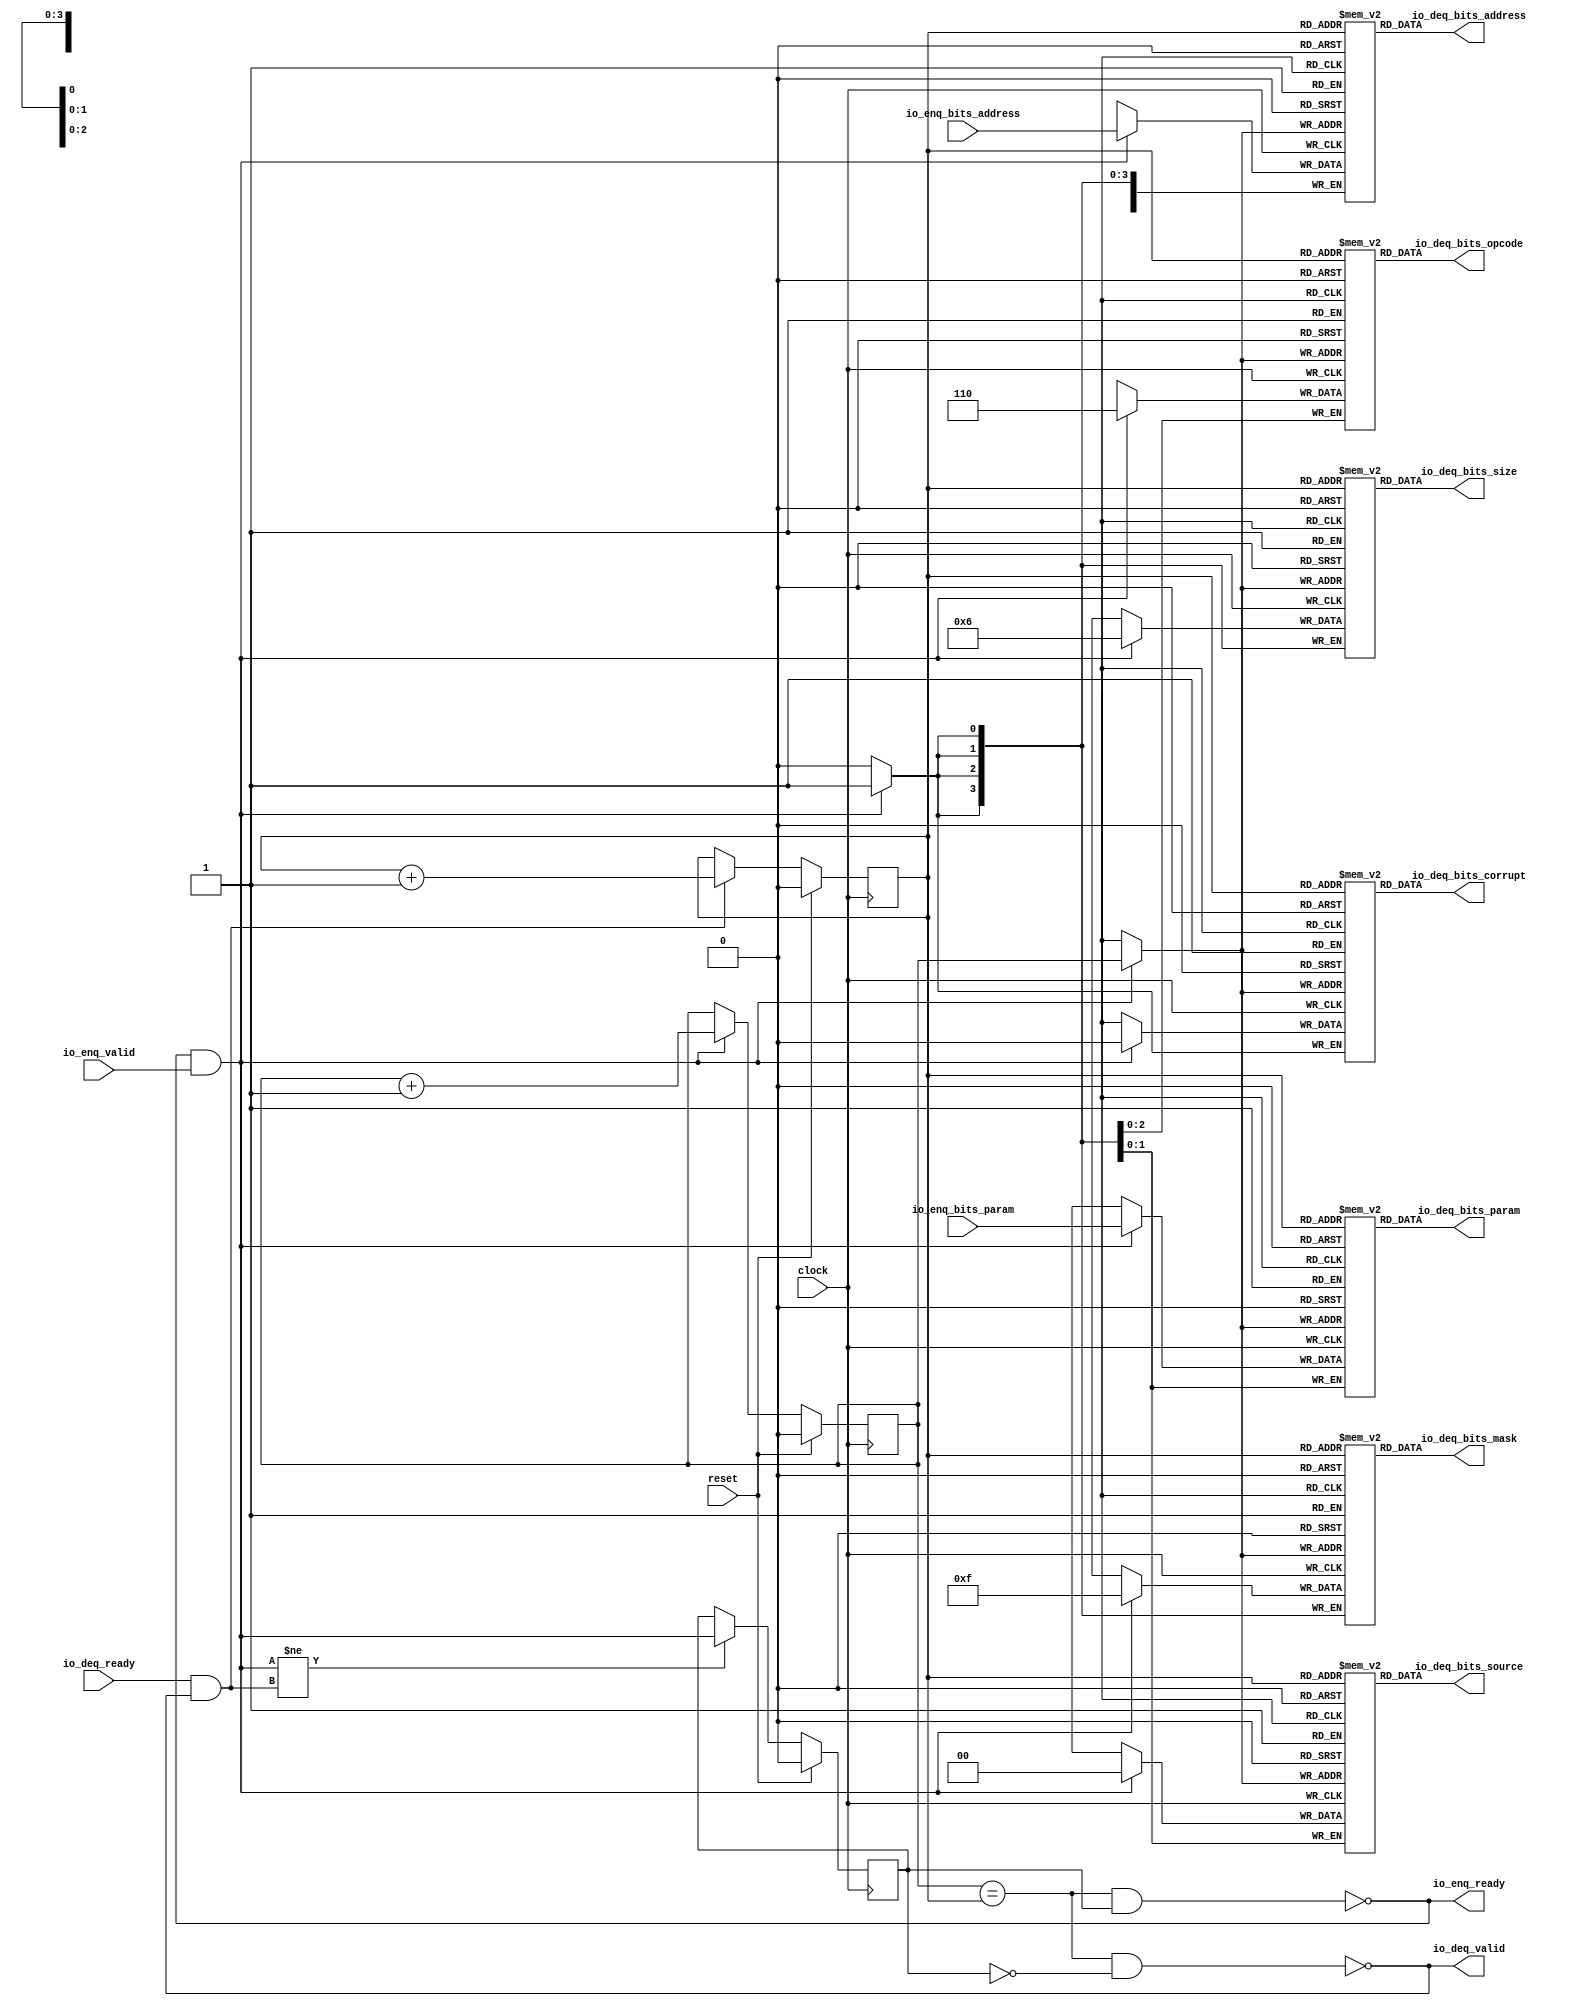
module Queue_35( // @[:freechips.rocketchip.system.DefaultRV32Config.fir@210181.2]
  input         clock, // @[:freechips.rocketchip.system.DefaultRV32Config.fir@210182.4]
  input         reset, // @[:freechips.rocketchip.system.DefaultRV32Config.fir@210183.4]
  output        io_enq_ready, // @[:freechips.rocketchip.system.DefaultRV32Config.fir@210184.4]
  input         io_enq_valid, // @[:freechips.rocketchip.system.DefaultRV32Config.fir@210184.4]
  input  [1:0]  io_enq_bits_param, // @[:freechips.rocketchip.system.DefaultRV32Config.fir@210184.4]
  input  [31:0] io_enq_bits_address, // @[:freechips.rocketchip.system.DefaultRV32Config.fir@210184.4]
  input         io_deq_ready, // @[:freechips.rocketchip.system.DefaultRV32Config.fir@210184.4]
  output        io_deq_valid, // @[:freechips.rocketchip.system.DefaultRV32Config.fir@210184.4]
  output [2:0]  io_deq_bits_opcode, // @[:freechips.rocketchip.system.DefaultRV32Config.fir@210184.4]
  output [1:0]  io_deq_bits_param, // @[:freechips.rocketchip.system.DefaultRV32Config.fir@210184.4]
  output [3:0]  io_deq_bits_size, // @[:freechips.rocketchip.system.DefaultRV32Config.fir@210184.4]
  output [1:0]  io_deq_bits_source, // @[:freechips.rocketchip.system.DefaultRV32Config.fir@210184.4]
  output [31:0] io_deq_bits_address, // @[:freechips.rocketchip.system.DefaultRV32Config.fir@210184.4]
  output [3:0]  io_deq_bits_mask, // @[:freechips.rocketchip.system.DefaultRV32Config.fir@210184.4]
  output        io_deq_bits_corrupt // @[:freechips.rocketchip.system.DefaultRV32Config.fir@210184.4]
);
`ifdef RANDOMIZE_MEM_INIT
  reg [31:0] _RAND_0;
  reg [31:0] _RAND_1;
  reg [31:0] _RAND_2;
  reg [31:0] _RAND_3;
  reg [31:0] _RAND_4;
  reg [31:0] _RAND_5;
  reg [31:0] _RAND_6;
`endif // RANDOMIZE_MEM_INIT
`ifdef RANDOMIZE_REG_INIT
  reg [31:0] _RAND_7;
  reg [31:0] _RAND_8;
  reg [31:0] _RAND_9;
`endif // RANDOMIZE_REG_INIT
  reg [2:0] ram_opcode [0:1]; // @[Decoupled.scala 209:16:freechips.rocketchip.system.DefaultRV32Config.fir@210186.4]
  wire [2:0] ram_opcode__T_15_data; // @[Decoupled.scala 209:16:freechips.rocketchip.system.DefaultRV32Config.fir@210186.4]
  wire  ram_opcode__T_15_addr; // @[Decoupled.scala 209:16:freechips.rocketchip.system.DefaultRV32Config.fir@210186.4]
  wire [2:0] ram_opcode__T_5_data; // @[Decoupled.scala 209:16:freechips.rocketchip.system.DefaultRV32Config.fir@210186.4]
  wire  ram_opcode__T_5_addr; // @[Decoupled.scala 209:16:freechips.rocketchip.system.DefaultRV32Config.fir@210186.4]
  wire  ram_opcode__T_5_mask; // @[Decoupled.scala 209:16:freechips.rocketchip.system.DefaultRV32Config.fir@210186.4]
  wire  ram_opcode__T_5_en; // @[Decoupled.scala 209:16:freechips.rocketchip.system.DefaultRV32Config.fir@210186.4]
  reg [1:0] ram_param [0:1]; // @[Decoupled.scala 209:16:freechips.rocketchip.system.DefaultRV32Config.fir@210186.4]
  wire [1:0] ram_param__T_15_data; // @[Decoupled.scala 209:16:freechips.rocketchip.system.DefaultRV32Config.fir@210186.4]
  wire  ram_param__T_15_addr; // @[Decoupled.scala 209:16:freechips.rocketchip.system.DefaultRV32Config.fir@210186.4]
  wire [1:0] ram_param__T_5_data; // @[Decoupled.scala 209:16:freechips.rocketchip.system.DefaultRV32Config.fir@210186.4]
  wire  ram_param__T_5_addr; // @[Decoupled.scala 209:16:freechips.rocketchip.system.DefaultRV32Config.fir@210186.4]
  wire  ram_param__T_5_mask; // @[Decoupled.scala 209:16:freechips.rocketchip.system.DefaultRV32Config.fir@210186.4]
  wire  ram_param__T_5_en; // @[Decoupled.scala 209:16:freechips.rocketchip.system.DefaultRV32Config.fir@210186.4]
  reg [3:0] ram_size [0:1]; // @[Decoupled.scala 209:16:freechips.rocketchip.system.DefaultRV32Config.fir@210186.4]
  wire [3:0] ram_size__T_15_data; // @[Decoupled.scala 209:16:freechips.rocketchip.system.DefaultRV32Config.fir@210186.4]
  wire  ram_size__T_15_addr; // @[Decoupled.scala 209:16:freechips.rocketchip.system.DefaultRV32Config.fir@210186.4]
  wire [3:0] ram_size__T_5_data; // @[Decoupled.scala 209:16:freechips.rocketchip.system.DefaultRV32Config.fir@210186.4]
  wire  ram_size__T_5_addr; // @[Decoupled.scala 209:16:freechips.rocketchip.system.DefaultRV32Config.fir@210186.4]
  wire  ram_size__T_5_mask; // @[Decoupled.scala 209:16:freechips.rocketchip.system.DefaultRV32Config.fir@210186.4]
  wire  ram_size__T_5_en; // @[Decoupled.scala 209:16:freechips.rocketchip.system.DefaultRV32Config.fir@210186.4]
  reg [1:0] ram_source [0:1]; // @[Decoupled.scala 209:16:freechips.rocketchip.system.DefaultRV32Config.fir@210186.4]
  wire [1:0] ram_source__T_15_data; // @[Decoupled.scala 209:16:freechips.rocketchip.system.DefaultRV32Config.fir@210186.4]
  wire  ram_source__T_15_addr; // @[Decoupled.scala 209:16:freechips.rocketchip.system.DefaultRV32Config.fir@210186.4]
  wire [1:0] ram_source__T_5_data; // @[Decoupled.scala 209:16:freechips.rocketchip.system.DefaultRV32Config.fir@210186.4]
  wire  ram_source__T_5_addr; // @[Decoupled.scala 209:16:freechips.rocketchip.system.DefaultRV32Config.fir@210186.4]
  wire  ram_source__T_5_mask; // @[Decoupled.scala 209:16:freechips.rocketchip.system.DefaultRV32Config.fir@210186.4]
  wire  ram_source__T_5_en; // @[Decoupled.scala 209:16:freechips.rocketchip.system.DefaultRV32Config.fir@210186.4]
  reg [31:0] ram_address [0:1]; // @[Decoupled.scala 209:16:freechips.rocketchip.system.DefaultRV32Config.fir@210186.4]
  wire [31:0] ram_address__T_15_data; // @[Decoupled.scala 209:16:freechips.rocketchip.system.DefaultRV32Config.fir@210186.4]
  wire  ram_address__T_15_addr; // @[Decoupled.scala 209:16:freechips.rocketchip.system.DefaultRV32Config.fir@210186.4]
  wire [31:0] ram_address__T_5_data; // @[Decoupled.scala 209:16:freechips.rocketchip.system.DefaultRV32Config.fir@210186.4]
  wire  ram_address__T_5_addr; // @[Decoupled.scala 209:16:freechips.rocketchip.system.DefaultRV32Config.fir@210186.4]
  wire  ram_address__T_5_mask; // @[Decoupled.scala 209:16:freechips.rocketchip.system.DefaultRV32Config.fir@210186.4]
  wire  ram_address__T_5_en; // @[Decoupled.scala 209:16:freechips.rocketchip.system.DefaultRV32Config.fir@210186.4]
  reg [3:0] ram_mask [0:1]; // @[Decoupled.scala 209:16:freechips.rocketchip.system.DefaultRV32Config.fir@210186.4]
  wire [3:0] ram_mask__T_15_data; // @[Decoupled.scala 209:16:freechips.rocketchip.system.DefaultRV32Config.fir@210186.4]
  wire  ram_mask__T_15_addr; // @[Decoupled.scala 209:16:freechips.rocketchip.system.DefaultRV32Config.fir@210186.4]
  wire [3:0] ram_mask__T_5_data; // @[Decoupled.scala 209:16:freechips.rocketchip.system.DefaultRV32Config.fir@210186.4]
  wire  ram_mask__T_5_addr; // @[Decoupled.scala 209:16:freechips.rocketchip.system.DefaultRV32Config.fir@210186.4]
  wire  ram_mask__T_5_mask; // @[Decoupled.scala 209:16:freechips.rocketchip.system.DefaultRV32Config.fir@210186.4]
  wire  ram_mask__T_5_en; // @[Decoupled.scala 209:16:freechips.rocketchip.system.DefaultRV32Config.fir@210186.4]
  reg  ram_corrupt [0:1]; // @[Decoupled.scala 209:16:freechips.rocketchip.system.DefaultRV32Config.fir@210186.4]
  wire  ram_corrupt__T_15_data; // @[Decoupled.scala 209:16:freechips.rocketchip.system.DefaultRV32Config.fir@210186.4]
  wire  ram_corrupt__T_15_addr; // @[Decoupled.scala 209:16:freechips.rocketchip.system.DefaultRV32Config.fir@210186.4]
  wire  ram_corrupt__T_5_data; // @[Decoupled.scala 209:16:freechips.rocketchip.system.DefaultRV32Config.fir@210186.4]
  wire  ram_corrupt__T_5_addr; // @[Decoupled.scala 209:16:freechips.rocketchip.system.DefaultRV32Config.fir@210186.4]
  wire  ram_corrupt__T_5_mask; // @[Decoupled.scala 209:16:freechips.rocketchip.system.DefaultRV32Config.fir@210186.4]
  wire  ram_corrupt__T_5_en; // @[Decoupled.scala 209:16:freechips.rocketchip.system.DefaultRV32Config.fir@210186.4]
  reg  _T; // @[Counter.scala 29:33:freechips.rocketchip.system.DefaultRV32Config.fir@210187.4]
  reg  _T_1; // @[Counter.scala 29:33:freechips.rocketchip.system.DefaultRV32Config.fir@210188.4]
  reg  maybe_full; // @[Decoupled.scala 212:27:freechips.rocketchip.system.DefaultRV32Config.fir@210189.4]
  wire  ptr_match; // @[Decoupled.scala 214:33:freechips.rocketchip.system.DefaultRV32Config.fir@210190.4]
  wire  _T_2; // @[Decoupled.scala 215:28:freechips.rocketchip.system.DefaultRV32Config.fir@210191.4]
  wire  empty; // @[Decoupled.scala 215:25:freechips.rocketchip.system.DefaultRV32Config.fir@210192.4]
  wire  full; // @[Decoupled.scala 216:24:freechips.rocketchip.system.DefaultRV32Config.fir@210193.4]
  wire  do_enq; // @[Decoupled.scala 40:37:freechips.rocketchip.system.DefaultRV32Config.fir@210194.4]
  wire  do_deq; // @[Decoupled.scala 40:37:freechips.rocketchip.system.DefaultRV32Config.fir@210197.4]
  wire  _T_8; // @[Counter.scala 39:22:freechips.rocketchip.system.DefaultRV32Config.fir@210212.6]
  wire  _T_11; // @[Counter.scala 39:22:freechips.rocketchip.system.DefaultRV32Config.fir@210218.6]
  wire  _T_12; // @[Decoupled.scala 227:16:freechips.rocketchip.system.DefaultRV32Config.fir@210221.4]
  assign ram_opcode__T_15_addr = _T_1;
  assign ram_opcode__T_15_data = ram_opcode[ram_opcode__T_15_addr]; // @[Decoupled.scala 209:16:freechips.rocketchip.system.DefaultRV32Config.fir@210186.4]
  assign ram_opcode__T_5_data = 3'h6;
  assign ram_opcode__T_5_addr = _T;
  assign ram_opcode__T_5_mask = 1'h1;
  assign ram_opcode__T_5_en = io_enq_ready & io_enq_valid;
  assign ram_param__T_15_addr = _T_1;
  assign ram_param__T_15_data = ram_param[ram_param__T_15_addr]; // @[Decoupled.scala 209:16:freechips.rocketchip.system.DefaultRV32Config.fir@210186.4]
  assign ram_param__T_5_data = io_enq_bits_param;
  assign ram_param__T_5_addr = _T;
  assign ram_param__T_5_mask = 1'h1;
  assign ram_param__T_5_en = io_enq_ready & io_enq_valid;
  assign ram_size__T_15_addr = _T_1;
  assign ram_size__T_15_data = ram_size[ram_size__T_15_addr]; // @[Decoupled.scala 209:16:freechips.rocketchip.system.DefaultRV32Config.fir@210186.4]
  assign ram_size__T_5_data = 4'h6;
  assign ram_size__T_5_addr = _T;
  assign ram_size__T_5_mask = 1'h1;
  assign ram_size__T_5_en = io_enq_ready & io_enq_valid;
  assign ram_source__T_15_addr = _T_1;
  assign ram_source__T_15_data = ram_source[ram_source__T_15_addr]; // @[Decoupled.scala 209:16:freechips.rocketchip.system.DefaultRV32Config.fir@210186.4]
  assign ram_source__T_5_data = 2'h0;
  assign ram_source__T_5_addr = _T;
  assign ram_source__T_5_mask = 1'h1;
  assign ram_source__T_5_en = io_enq_ready & io_enq_valid;
  assign ram_address__T_15_addr = _T_1;
  assign ram_address__T_15_data = ram_address[ram_address__T_15_addr]; // @[Decoupled.scala 209:16:freechips.rocketchip.system.DefaultRV32Config.fir@210186.4]
  assign ram_address__T_5_data = io_enq_bits_address;
  assign ram_address__T_5_addr = _T;
  assign ram_address__T_5_mask = 1'h1;
  assign ram_address__T_5_en = io_enq_ready & io_enq_valid;
  assign ram_mask__T_15_addr = _T_1;
  assign ram_mask__T_15_data = ram_mask[ram_mask__T_15_addr]; // @[Decoupled.scala 209:16:freechips.rocketchip.system.DefaultRV32Config.fir@210186.4]
  assign ram_mask__T_5_data = 4'hf;
  assign ram_mask__T_5_addr = _T;
  assign ram_mask__T_5_mask = 1'h1;
  assign ram_mask__T_5_en = io_enq_ready & io_enq_valid;
  assign ram_corrupt__T_15_addr = _T_1;
  assign ram_corrupt__T_15_data = ram_corrupt[ram_corrupt__T_15_addr]; // @[Decoupled.scala 209:16:freechips.rocketchip.system.DefaultRV32Config.fir@210186.4]
  assign ram_corrupt__T_5_data = 1'h0;
  assign ram_corrupt__T_5_addr = _T;
  assign ram_corrupt__T_5_mask = 1'h1;
  assign ram_corrupt__T_5_en = io_enq_ready & io_enq_valid;
  assign ptr_match = _T == _T_1; // @[Decoupled.scala 214:33:freechips.rocketchip.system.DefaultRV32Config.fir@210190.4]
  assign _T_2 = ~maybe_full; // @[Decoupled.scala 215:28:freechips.rocketchip.system.DefaultRV32Config.fir@210191.4]
  assign empty = ptr_match & _T_2; // @[Decoupled.scala 215:25:freechips.rocketchip.system.DefaultRV32Config.fir@210192.4]
  assign full = ptr_match & maybe_full; // @[Decoupled.scala 216:24:freechips.rocketchip.system.DefaultRV32Config.fir@210193.4]
  assign do_enq = io_enq_ready & io_enq_valid; // @[Decoupled.scala 40:37:freechips.rocketchip.system.DefaultRV32Config.fir@210194.4]
  assign do_deq = io_deq_ready & io_deq_valid; // @[Decoupled.scala 40:37:freechips.rocketchip.system.DefaultRV32Config.fir@210197.4]
  assign _T_8 = _T + 1'h1; // @[Counter.scala 39:22:freechips.rocketchip.system.DefaultRV32Config.fir@210212.6]
  assign _T_11 = _T_1 + 1'h1; // @[Counter.scala 39:22:freechips.rocketchip.system.DefaultRV32Config.fir@210218.6]
  assign _T_12 = do_enq != do_deq; // @[Decoupled.scala 227:16:freechips.rocketchip.system.DefaultRV32Config.fir@210221.4]
  assign io_enq_ready = ~full; // @[Decoupled.scala 232:16:freechips.rocketchip.system.DefaultRV32Config.fir@210228.4]
  assign io_deq_valid = ~empty; // @[Decoupled.scala 231:16:freechips.rocketchip.system.DefaultRV32Config.fir@210226.4]
  assign io_deq_bits_opcode = ram_opcode__T_15_data; // @[Decoupled.scala 233:15:freechips.rocketchip.system.DefaultRV32Config.fir@210237.4]
  assign io_deq_bits_param = ram_param__T_15_data; // @[Decoupled.scala 233:15:freechips.rocketchip.system.DefaultRV32Config.fir@210236.4]
  assign io_deq_bits_size = ram_size__T_15_data; // @[Decoupled.scala 233:15:freechips.rocketchip.system.DefaultRV32Config.fir@210235.4]
  assign io_deq_bits_source = ram_source__T_15_data; // @[Decoupled.scala 233:15:freechips.rocketchip.system.DefaultRV32Config.fir@210234.4]
  assign io_deq_bits_address = ram_address__T_15_data; // @[Decoupled.scala 233:15:freechips.rocketchip.system.DefaultRV32Config.fir@210233.4]
  assign io_deq_bits_mask = ram_mask__T_15_data; // @[Decoupled.scala 233:15:freechips.rocketchip.system.DefaultRV32Config.fir@210232.4]
  assign io_deq_bits_corrupt = ram_corrupt__T_15_data; // @[Decoupled.scala 233:15:freechips.rocketchip.system.DefaultRV32Config.fir@210230.4]
`ifdef RANDOMIZE_GARBAGE_ASSIGN
`define RANDOMIZE
`endif
`ifdef RANDOMIZE_INVALID_ASSIGN
`define RANDOMIZE
`endif
`ifdef RANDOMIZE_REG_INIT
`define RANDOMIZE
`endif
`ifdef RANDOMIZE_MEM_INIT
`define RANDOMIZE
`endif
`ifndef RANDOM
`define RANDOM $random
`endif
`ifdef RANDOMIZE_MEM_INIT
  integer initvar;
`endif
`ifndef SYNTHESIS
`ifdef FIRRTL_BEFORE_INITIAL
`FIRRTL_BEFORE_INITIAL
`endif
initial begin
  `ifdef RANDOMIZE
    `ifdef INIT_RANDOM
      `INIT_RANDOM
    `endif
    `ifndef VERILATOR
      `ifdef RANDOMIZE_DELAY
        #`RANDOMIZE_DELAY begin end
      `else
        #0.002 begin end
      `endif
    `endif
`ifdef RANDOMIZE_MEM_INIT
  _RAND_0 = {1{`RANDOM}};
  for (initvar = 0; initvar < 2; initvar = initvar+1)
    ram_opcode[initvar] = _RAND_0[2:0];
  _RAND_1 = {1{`RANDOM}};
  for (initvar = 0; initvar < 2; initvar = initvar+1)
    ram_param[initvar] = _RAND_1[1:0];
  _RAND_2 = {1{`RANDOM}};
  for (initvar = 0; initvar < 2; initvar = initvar+1)
    ram_size[initvar] = _RAND_2[3:0];
  _RAND_3 = {1{`RANDOM}};
  for (initvar = 0; initvar < 2; initvar = initvar+1)
    ram_source[initvar] = _RAND_3[1:0];
  _RAND_4 = {1{`RANDOM}};
  for (initvar = 0; initvar < 2; initvar = initvar+1)
    ram_address[initvar] = _RAND_4[31:0];
  _RAND_5 = {1{`RANDOM}};
  for (initvar = 0; initvar < 2; initvar = initvar+1)
    ram_mask[initvar] = _RAND_5[3:0];
  _RAND_6 = {1{`RANDOM}};
  for (initvar = 0; initvar < 2; initvar = initvar+1)
    ram_corrupt[initvar] = _RAND_6[0:0];
`endif // RANDOMIZE_MEM_INIT
`ifdef RANDOMIZE_REG_INIT
  _RAND_7 = {1{`RANDOM}};
  _T = _RAND_7[0:0];
  _RAND_8 = {1{`RANDOM}};
  _T_1 = _RAND_8[0:0];
  _RAND_9 = {1{`RANDOM}};
  maybe_full = _RAND_9[0:0];
`endif // RANDOMIZE_REG_INIT
  `endif // RANDOMIZE
end // initial
`ifdef FIRRTL_AFTER_INITIAL
`FIRRTL_AFTER_INITIAL
`endif
`endif // SYNTHESIS
  always @(posedge clock) begin
    if(ram_opcode__T_5_en & ram_opcode__T_5_mask) begin
      ram_opcode[ram_opcode__T_5_addr] <= ram_opcode__T_5_data; // @[Decoupled.scala 209:16:freechips.rocketchip.system.DefaultRV32Config.fir@210186.4]
    end
    if(ram_param__T_5_en & ram_param__T_5_mask) begin
      ram_param[ram_param__T_5_addr] <= ram_param__T_5_data; // @[Decoupled.scala 209:16:freechips.rocketchip.system.DefaultRV32Config.fir@210186.4]
    end
    if(ram_size__T_5_en & ram_size__T_5_mask) begin
      ram_size[ram_size__T_5_addr] <= ram_size__T_5_data; // @[Decoupled.scala 209:16:freechips.rocketchip.system.DefaultRV32Config.fir@210186.4]
    end
    if(ram_source__T_5_en & ram_source__T_5_mask) begin
      ram_source[ram_source__T_5_addr] <= ram_source__T_5_data; // @[Decoupled.scala 209:16:freechips.rocketchip.system.DefaultRV32Config.fir@210186.4]
    end
    if(ram_address__T_5_en & ram_address__T_5_mask) begin
      ram_address[ram_address__T_5_addr] <= ram_address__T_5_data; // @[Decoupled.scala 209:16:freechips.rocketchip.system.DefaultRV32Config.fir@210186.4]
    end
    if(ram_mask__T_5_en & ram_mask__T_5_mask) begin
      ram_mask[ram_mask__T_5_addr] <= ram_mask__T_5_data; // @[Decoupled.scala 209:16:freechips.rocketchip.system.DefaultRV32Config.fir@210186.4]
    end
    if(ram_corrupt__T_5_en & ram_corrupt__T_5_mask) begin
      ram_corrupt[ram_corrupt__T_5_addr] <= ram_corrupt__T_5_data; // @[Decoupled.scala 209:16:freechips.rocketchip.system.DefaultRV32Config.fir@210186.4]
    end
    if (reset) begin
      _T <= 1'h0;
    end else if (do_enq) begin
      _T <= _T_8;
    end
    if (reset) begin
      _T_1 <= 1'h0;
    end else if (do_deq) begin
      _T_1 <= _T_11;
    end
    if (reset) begin
      maybe_full <= 1'h0;
    end else if (_T_12) begin
      maybe_full <= do_enq;
    end
  end
endmodule